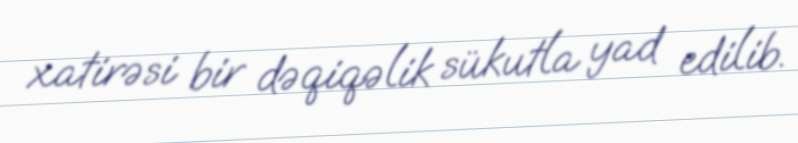
xatirəsi bir dəqiqəlik sükutla yad edilib.